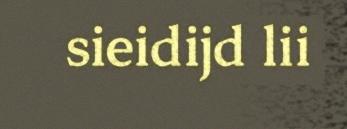
sieidijd lii